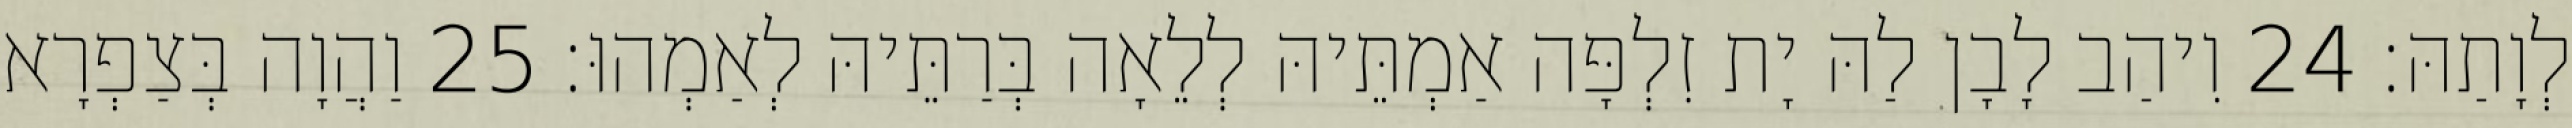
לְוָתַהּ׃ 24 וִיהַב לָבָן לַהּ יָת זִלְפָּה אַמְתֵּיהּ לְלֵאָה בְּרַתֵּיהּ לְאַמְהוּ׃ 25 וַהֲוָה בְּצַפְרָא